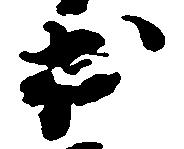
出